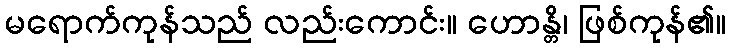
မရောက်ကုန်သည် လည်းကောင်း။ ဟောန္တိ၊ ဖြစ်ကုန်၏။